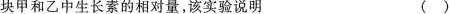
块甲和乙中生长素的相对量，该实验说明 ()